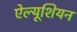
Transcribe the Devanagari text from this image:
ऐल्यूशियन